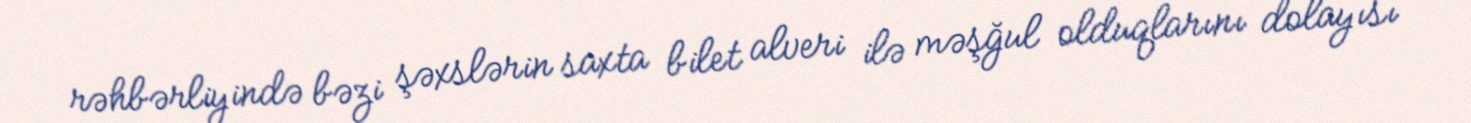
rəhbərliyində bəzi şəxslərin saxta bilet alveri ilə məşğul olduqlarını dolayısı